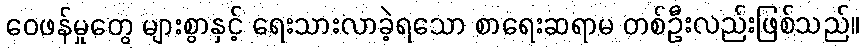
ဝေဖန်မှုတွေ များစွာနှင့် ရေးသားလာခဲ့ရသော စာရေးဆရာမ တစ်ဦးလည်းဖြစ်သည်။